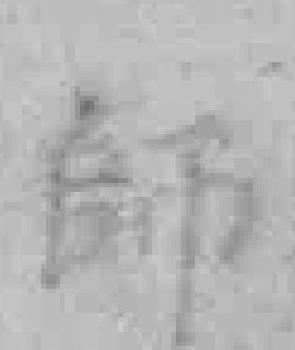
師